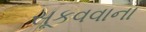
સૂકવવાના